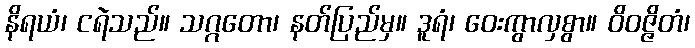
နိရယံ၊ ငရဲသည်။ သဂ္ဂတော၊ နတ်ပြည်မှ။ ဒူရံ၊ ဝေးကွာလှစွာ။ ဝိဝဇ္ဇိတံ၊